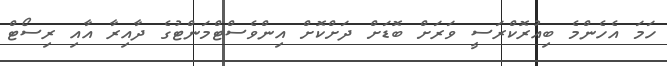
ހަމަ އެހެންމެ ބިއުރޮކްރަސީ ވަރަށް ބޮޑަށް ދަށްކޮށް އިންވެސްޓްމަންޓުގެ ދާއިރާ އާއި ރިސޯޓް